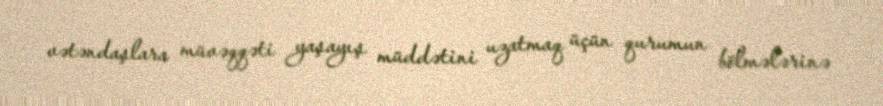
vətəndaşlara müvəqqəti yaşayış müddətini uzatmaq üçün qurumun bölmələrinə